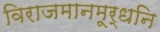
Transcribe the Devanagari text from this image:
विराजमानमूर्धनि